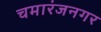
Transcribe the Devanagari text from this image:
चमारंजनगर